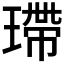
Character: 𤨮